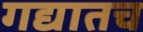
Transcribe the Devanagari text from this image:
गद्यातच